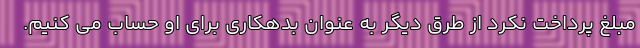
مبلغ پرداخت نکرد از طرق دیگر به عنوان بدهکاری برای او حساب می کنیم.